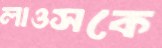
লাওসকে